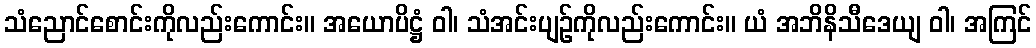
သံညောင်စောင်းကိုလည်းကောင်း။ အယောပိဋ္ဌံ ဝါ၊ သံအင်းပျဉ်ကိုလည်းကောင်း။ ယံ အဘိနိသီဒေယျ ဝါ၊ အကြင်